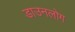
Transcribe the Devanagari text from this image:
डाउनलोग